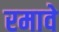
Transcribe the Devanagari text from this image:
रमावे